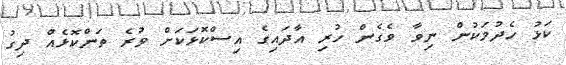
ކަޅު ހެދުމަކުން ނިވާ ވެގެން ހުރި އާދައިގެ އިސްކޮޅަކަށް ވުރެ ތަންކޮޅެއް ދިގު